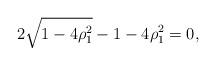
LaTeX: \begin{align*}{2\sqrt{1-4\rho_1^2}-1-4\rho_1^2}=0, \end{align*}